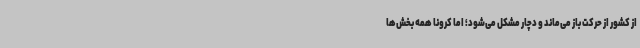
از کشور از حرکت باز می‌ماند و دچار مشکل می‌شود؛ اما کرونا همه بخش‌ها